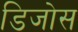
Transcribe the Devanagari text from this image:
डिजोस